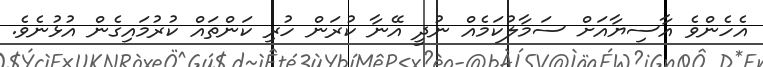
އެހެންވެ އާސިޔާއަށް ސަމާލުކަމެއް ނުދީ އޭނާ ކުރަން ހުރި ކަންތައް ކުރުމައިގެން އުޅުނެވެ.